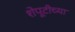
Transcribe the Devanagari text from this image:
शेपूटीच्या